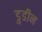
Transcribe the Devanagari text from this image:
डुडीन